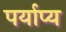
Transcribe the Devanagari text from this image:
पर्याप्य